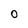
Character: 0